Vaccination report Assam 1874-1896 - 1874-1896
Year: 1874
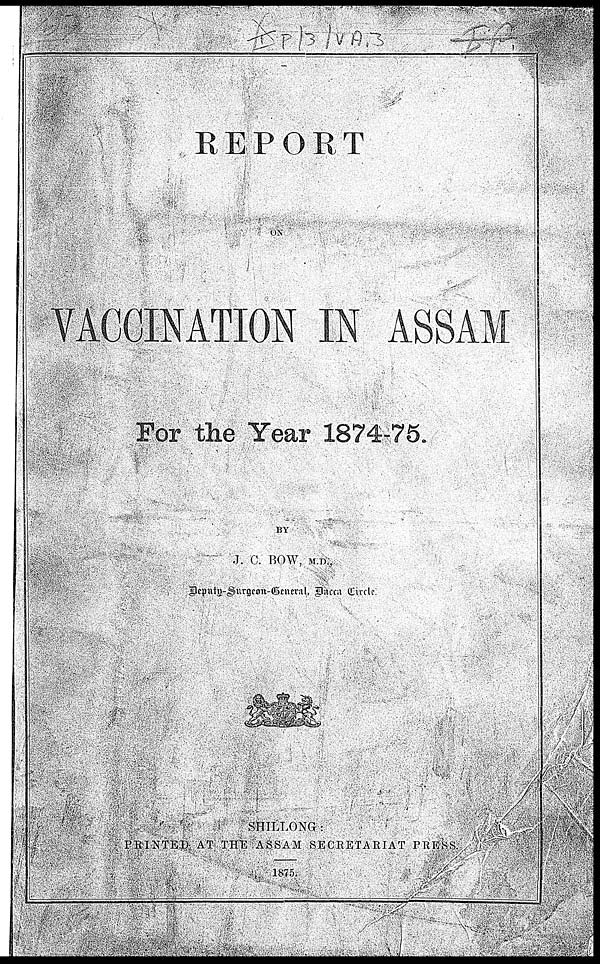
REPORT
ON
VACCINATION IN ASSAM
For the Year 1874-75.
BY
J. C. BOW, M.D.,
Deputy-Surgeon-General, Dacca Circle
SHILLONG:
PRINTED AT THE ASSAM SECRETARIAT PRESS.
1875.